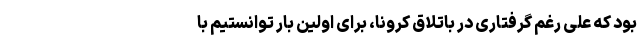
بود که علی رغم گرفتاری در باتلاق کرونا، برای اولین بار توانستیم با